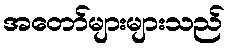
အတော်များများသည်